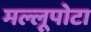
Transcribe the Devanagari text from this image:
मल्लूपोटा